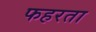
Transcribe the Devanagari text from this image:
फहरता